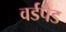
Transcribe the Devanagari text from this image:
वर्डपैड